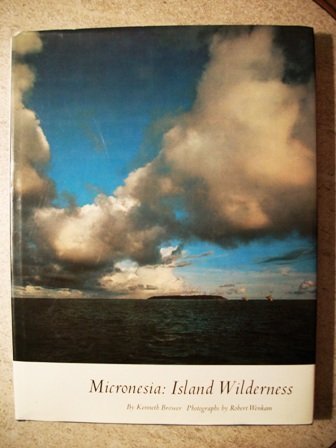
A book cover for Micronesia: Island Wilderness; Kenneth Brower; Travel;